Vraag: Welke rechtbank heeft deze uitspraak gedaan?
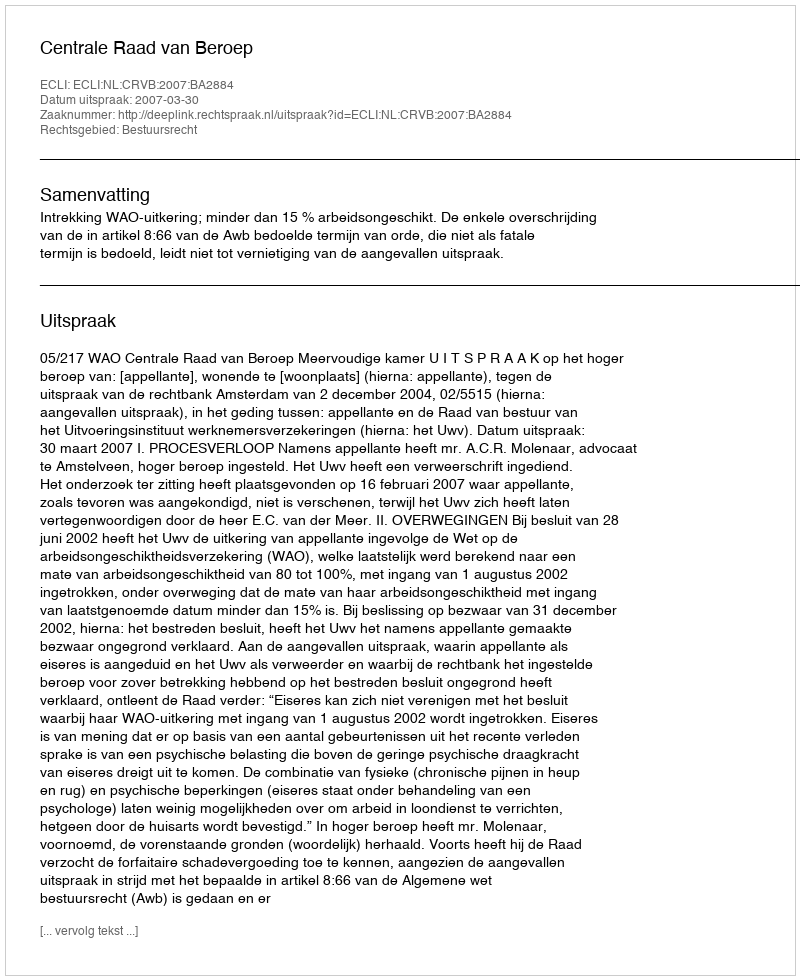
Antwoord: Centrale Raad van Beroep